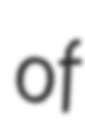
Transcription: of